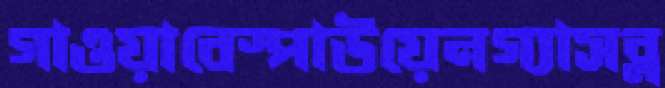
গাওয়াবেস্পাউয়েনগ্যাসব্ল